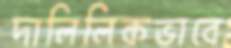
দালিলিকভাবে